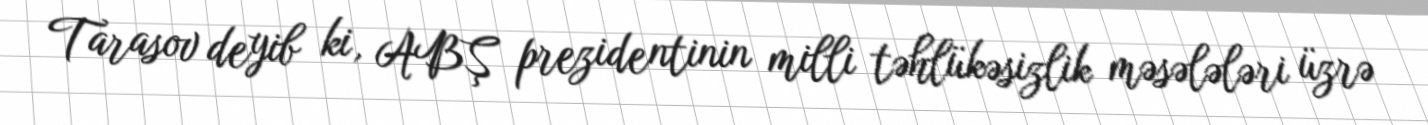
Tarasov deyib ki, ABŞ prezidentinin milli təhlükəsizlik məsələləri üzrə